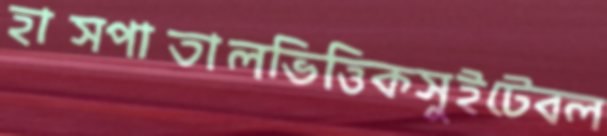
হাসপাতালভিত্তিকসুইটেবল